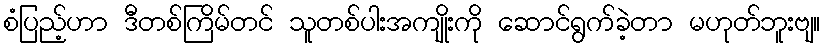
စံပြည့်ဟာ ဒီတစ်ကြိမ်တင် သူတစ်ပါးအကျိုးကို ဆောင်ရွက်ခဲ့တာ မဟုတ်ဘူးဗျ။